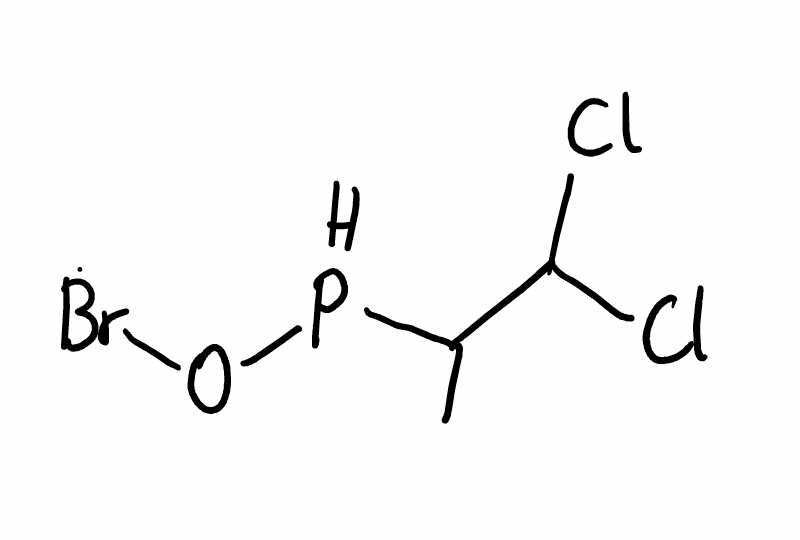
Simplified molecular-input line-entry system (SMILES) notation of the given molecule:
CC(C(Cl)Cl)POBr